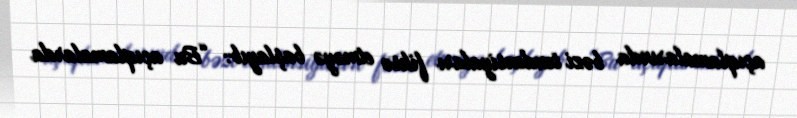
açıqlamalarında bəzi tendensiyaları fiksə etməyə başlayıb: “Bu açıqlamalarda